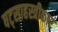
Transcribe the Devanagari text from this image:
षट्साहस्त्रीकार